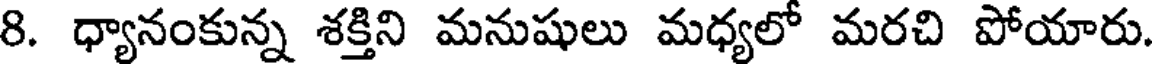
8. ధ్యానంకున్న శక్తిని మనుషులు మధ్యలో మరచి పోయారు.